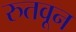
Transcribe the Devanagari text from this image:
रुतवून